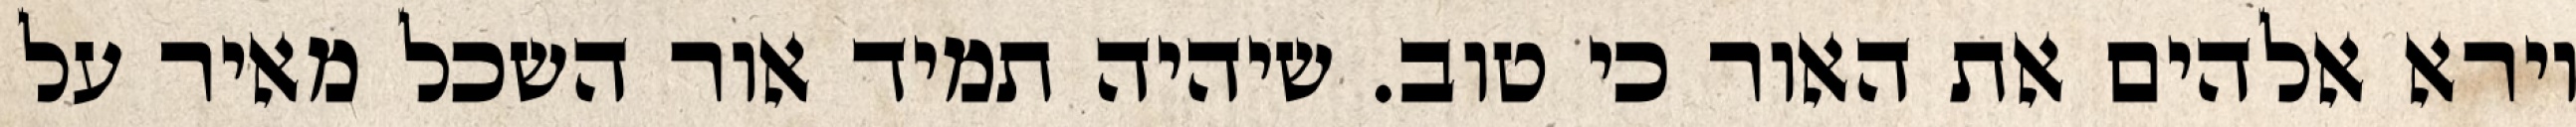
וירא אלהים את האור כי טוב. שיהיה תמיד אור השכל מאיר על